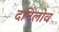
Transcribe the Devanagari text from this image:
दनिलोव